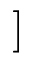
]